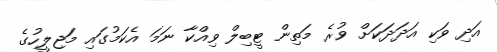
އަދި ވަކި އަދަދަކަށް ވުރެ މަތިން ޓީބިލް ވިއްކާ ނަމަ އެކަމުގައި މަޖިލީހުގެ